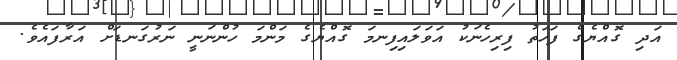
އަދި ގޮއްޔެގެ ފަހަތު ފިރިހެނަކު އަވަލައިފިނމަަ ގޮއްޔެގެ މަންމަ ހުންނަނީ ނަރުގަނޑަށް އަރާފައެވެ.